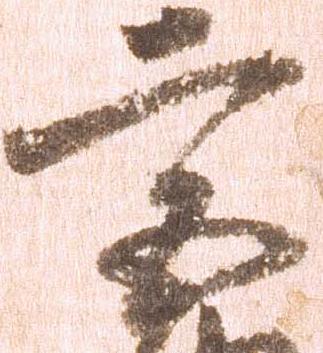
宮